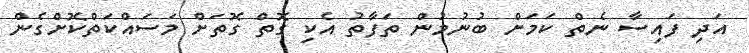
އަދި ފައިސާ ނެތް ކަމަށް ބުނުމުން ތަފާތު އެކި ގޮތް ގޮތަށް މަސައްކަތްކޮށްގެން